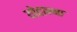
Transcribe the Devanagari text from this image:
योहान्ना